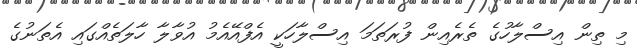
މި ތިން އިސްލާހުގެ ތެރެއިން ފުރަތަމަ އިސްލާހަކީ އެފްއޭއެމު އުވާލާ ހާލަތެއްގައި އެތަނުގެ